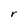
Character: r